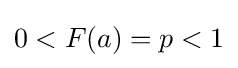
0<F(a)=p<1